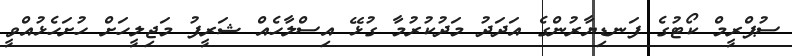
ސުޕްރީމް ކޯޓުގެ ފަނޑިޔާރުންގެ އަދަދު މަދުކުރުމާ ގުޅޭ އިސްލާހެއް ޝަރީފު މަޖިލީހަށް ހުށަހެޅުއްވީ